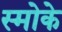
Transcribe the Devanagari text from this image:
स्मोके